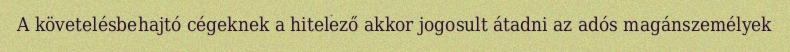
A követelésbehajtó cégeknek a hitelező akkor jogosult átadni az adós magánszemélyek